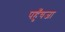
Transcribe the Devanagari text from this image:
पहुँचजा